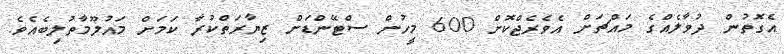
އެގޮތުން ދުވާލެއްގެ މައްޗަށް އެވެރެޖްކޮށް 600 މީހުން ސްޓޭންޑަށް ޒިޔާރަތްކުރާ ކަމަށް މައުލޫމާތުލިބެއެވެ.